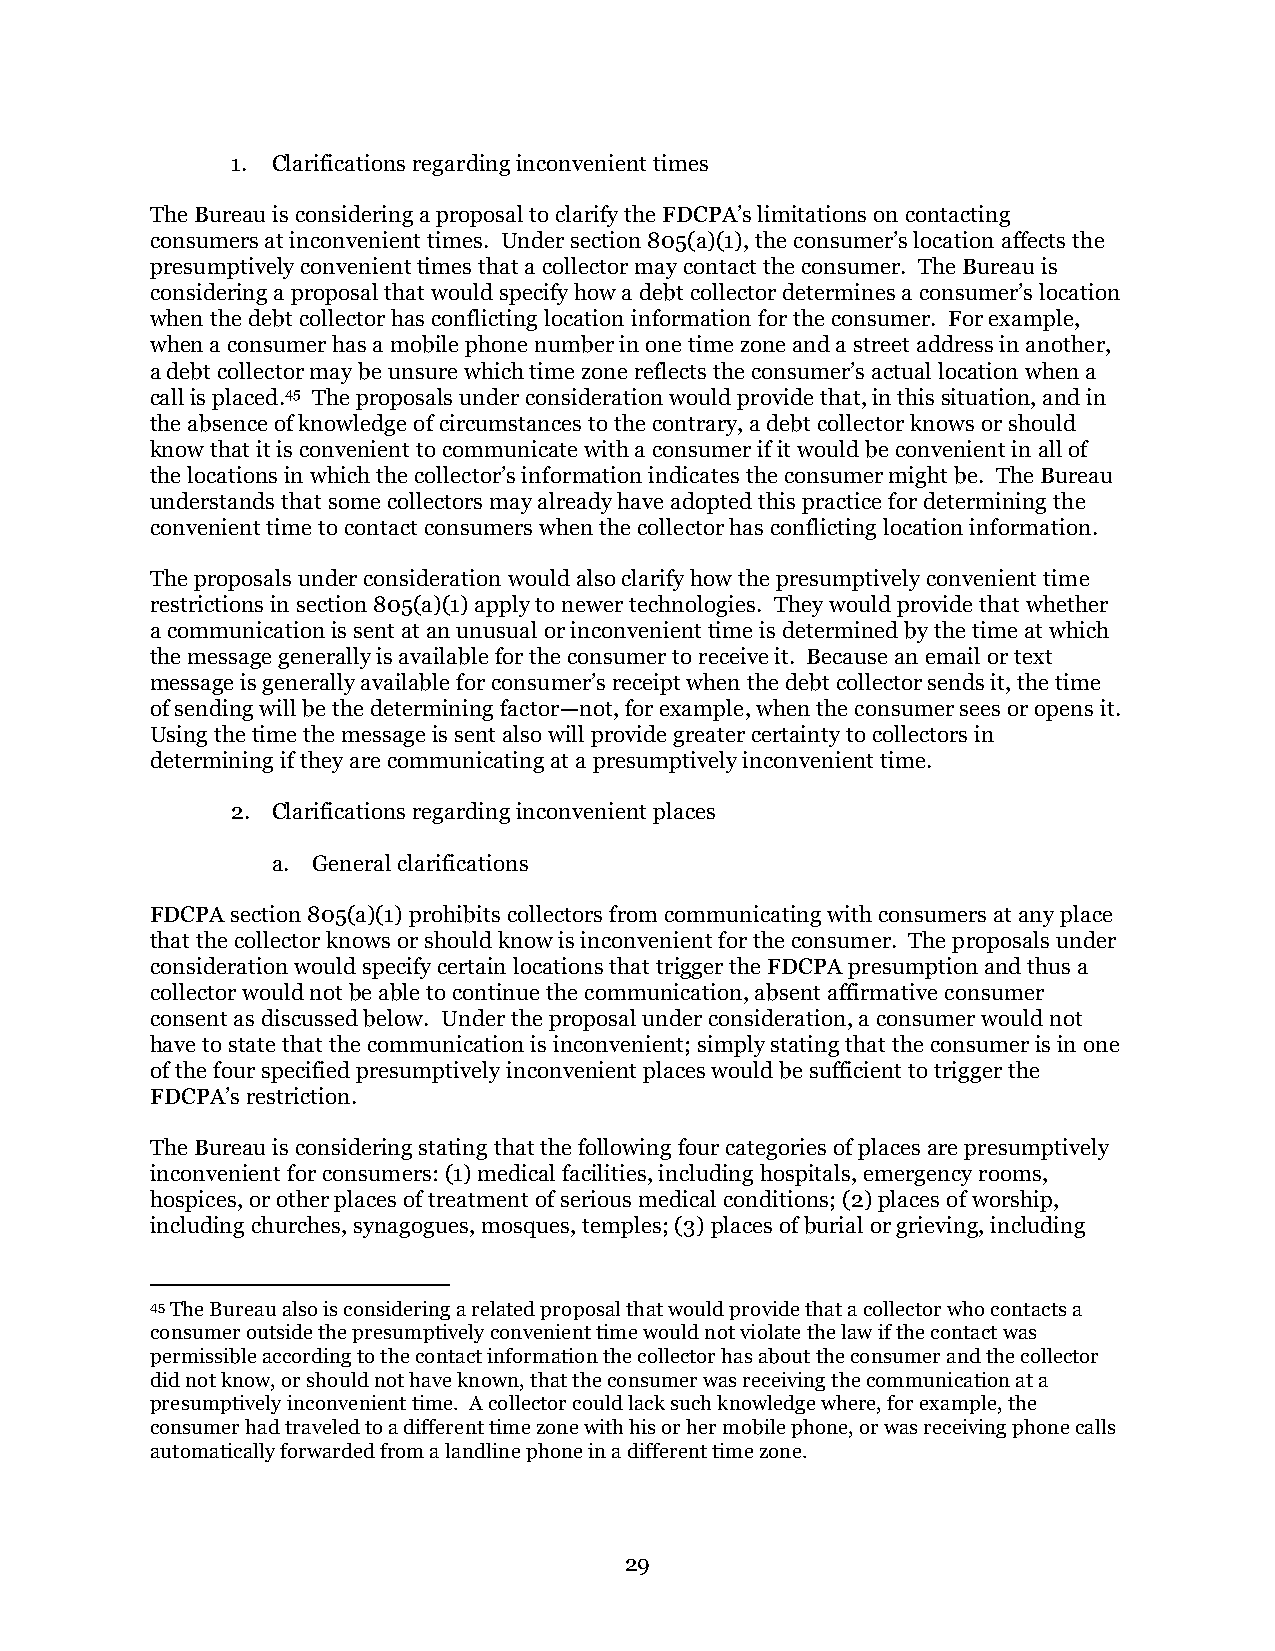
1. Clarifications regarding inconvenient times
 The Bureau is considering a proposal to clarify the FDCPA’s limitations on contacting
 consumers at inconvenient times. Under section 805(a)(1), the consumer’s location affects the
 presumptively convenient times that a collector may contact the consumer. The Bureau is
 considering a proposal that would specify how a debt collector determines a consumer’s location
 when the debt collector has conflicting location information for the consumer. For example,
 when a consumer has a mobile phone number in one time zone and a street address in another,
 a debt collector may be unsure which time zone reflects the consumer’s actual location when a
 call is placed.45 The proposals under consideration would provide that, in this situation, and in
 the absence of knowledge of circumstances to the contrary, a debt collector knows or should
 know that it is convenient to communicate with a consumer if it would be convenient in all of
 the locations in which the collector’s information indicates the consumer might be. The Bureau
 understands that some collectors may already have adopted this practice for determining the
 convenient time to contact consumers when the collector has conflicting location information.
 The proposals under consideration would also clarify how the presumptively convenient time
 restrictions in section 805(a)(1) apply to newer technologies. They would provide that whether
 a communication is sent at an unusual or inconvenient time is determined by the time at which
 the message generally is available for the consumer to receive it. Because an email or text
 message is generally available for consumer’s receipt when the debt collector sends it, the time
 of sending will be the determining factor—not, for example, when the consumer sees or opens it.
 Using the time the message is sent also will provide greater certainty to collectors in
 determining if they are communicating at a presumptively inconvenient time.
 2. Clarifications regarding inconvenient places
 a. General clarifications
 FDCPA section 805(a)(1) prohibits collectors from communicating with consumers at any place
 that the collector knows or should know is inconvenient for the consumer. The proposals under
 consideration would specify certain locations that trigger the FDCPA presumption and thus a
 collector would not be able to continue the communication, absent affirmative consumer
 consent as discussed below. Under the proposal under consideration, a consumer would not
 have to state that the communication is inconvenient; simply stating that the consumer is in one
 of the four specified presumptively inconvenient places would be sufficient to trigger the
 FDCPA’s restriction.
 The Bureau is considering stating that the following four categories of places are presumptively
 inconvenient for consumers: (1) medical facilities, including hospitals, emergency rooms,
 hospices, or other places of treatment of serious medical conditions; (2) places of worship,
 including churches, synagogues, mosques, temples; (3) places of burial or grieving, including
 45 The Bureau also is considering a related proposal that would provide that a collector who contacts a
 consumer outside the presumptively convenient time would not violate the law if the contact was
 permissible according to the contact information the collector has about the consumer and the collector
 did not know, or should not have known, that the consumer was receiving the communication at a
 presumptively inconvenient time. A collector could lack such knowledge where, for example, the
 consumer had traveled to a different time zone with his or her mobile phone, or was receiving phone calls
 automatically forwarded from a landline phone in a different time zone.
 29